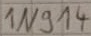
Text: 1N914